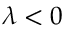
\lambda < 0